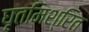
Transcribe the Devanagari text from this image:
घृतमिश्रित